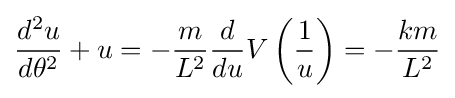
{\frac {d^{2}u}{d\theta ^{2}}}+u=-{\frac {m}{L^{2}}}{\frac {d}{du}}V\left({\frac {1}{u}}\right)=-{\frac {km}{L^{2}}}